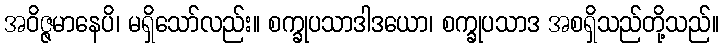
အဝိဇ္ဇမာနေပိ၊ မရှိသော်လည်း။ စက္ခုပသာဒါဒယော၊ စက္ခုပသာဒ အစရှိသည်တို့သည်။